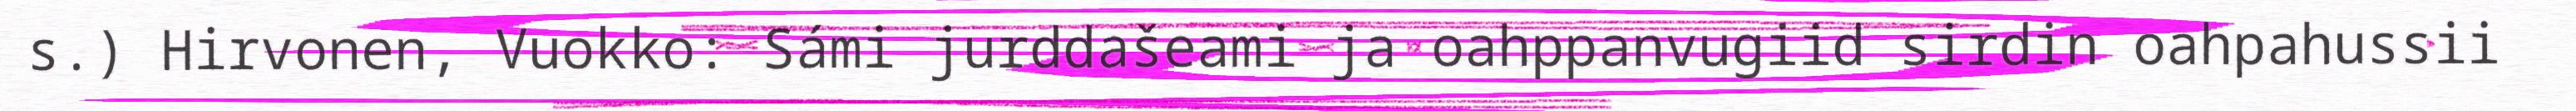
s.) Hirvonen, Vuokko: Sámi jurddašeami ja oahppanvugiid sirdin oahpahussii